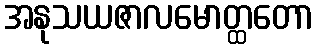
အနုသယဇာလမောတ္ထတော